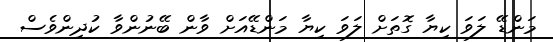
މަންޑޭ ލަވަ ކިޔާ ގޮތަށް ލަވަ ކިޔާ މަންޑޭއަށް ވާން ބޭނުންވާ ކުދިންވެސް